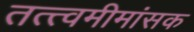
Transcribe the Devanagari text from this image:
तत्त्वमीमांसक